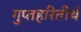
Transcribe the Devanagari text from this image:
गुप्तहरितीर्थ